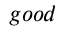
g o o d